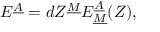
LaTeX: E ^ { \underline { { A } } } = d Z ^ { \underline { { M } } } E _ { \underline { { M } } } ^ { \underline { { A } } } ( Z ) ,